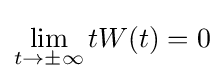
\lim _{t\to \pm \infty }tW(t)=0